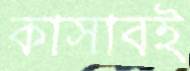
কাসাবই